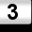
Digit: 3